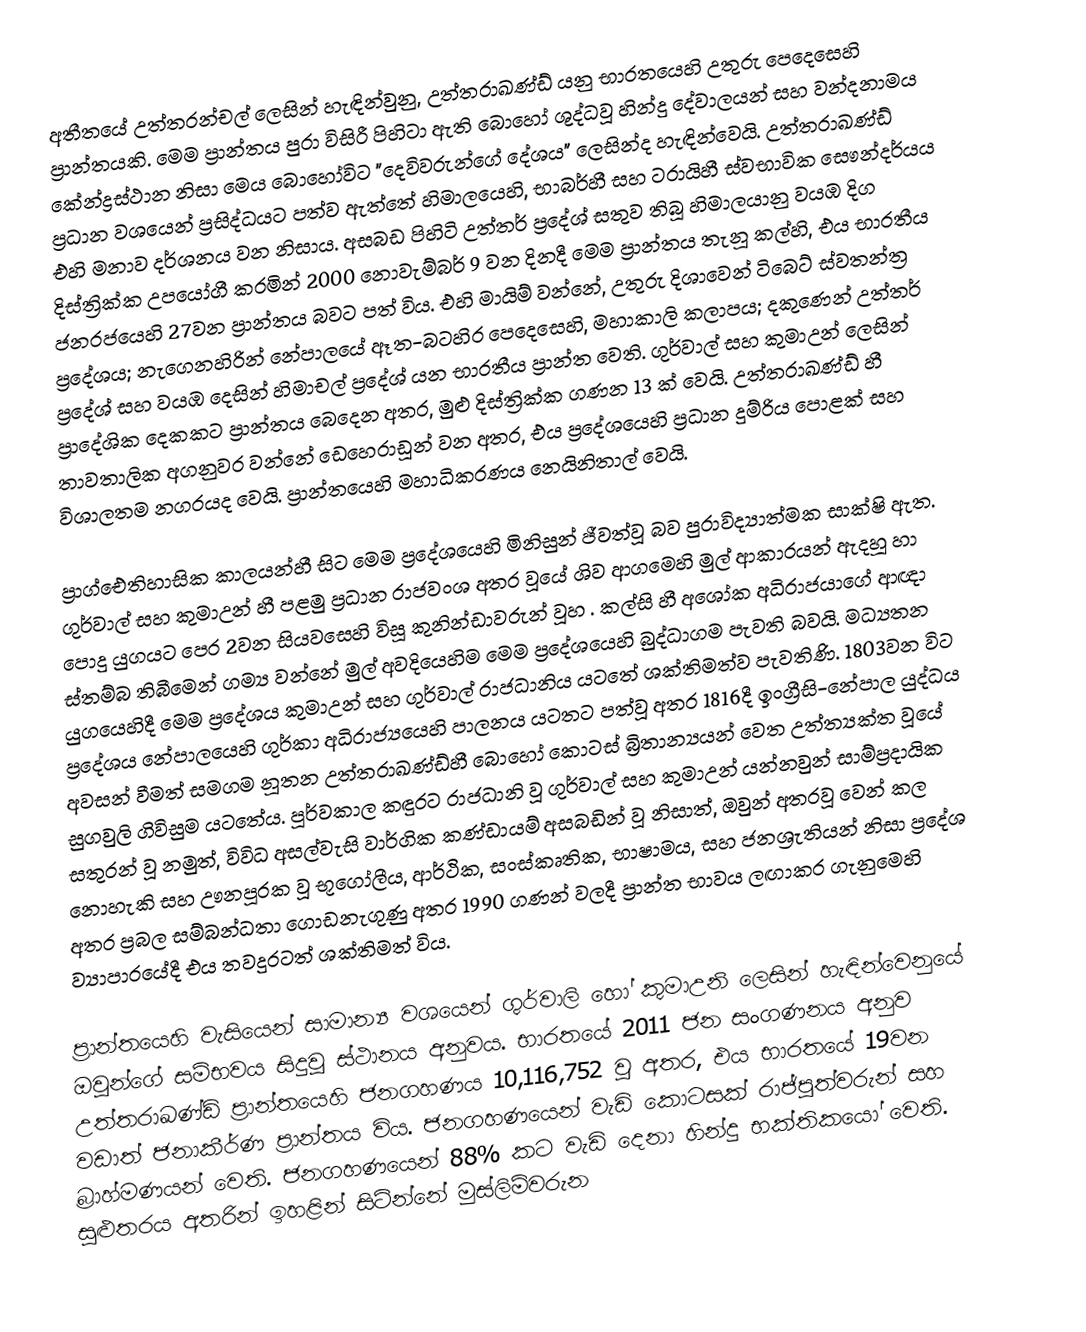
අතීතයේ  උත්තරන්චල් ලෙසින් හැඳින්වුනු, උත්තරාඛණ්ඩ් යනු  භාරතයෙහි උතුරු පෙදෙසෙහි  ප්‍රාන්තයකි. මෙම ප්‍රාන්තය පුරා විසිරී පිහිටා ඇති බොහෝ ශුද්ධවූ  හින්දු දේවාලයන් සහ වන්දනාමය  කේන්ද්‍රස්ථාන නිසා මෙය බොහෝවිට  "දෙවිවරුන්ගේ දේශය" ලෙසින්ද හැඳින්වෙයි. උත්තරාඛණ්ඩ් ප්‍රධාන වශයෙන් ප්‍රසිද්ධයට පත්ව ඇත්තේ  හිමාලයෙහි, භාබර්හී සහ ටරායිහී ස්වභාවික සෞන්දර්යය එහි මනාව දර්ශනය වන නිසාය.  අසබඩ පිහිටි උත්තර් ප්‍රදේශ් සතුව තිබූ හිමාලයානු වයඹ දිග දිස්ත්‍රික්ක උපයෝගී කරමින්   2000 නොවැම්බර් 9 වන දිනදී මෙම ප්‍රාන්තය තැනූ කල්හි, එය භාරතීය ජනරජයෙහි 27වන ප්‍රාන්තය බවට පත් විය.  එහි මායිම් වන්නේ, උතුරු දිශාවෙන් ටිබෙට් ස්වතන්ත්‍ර ප්‍රදේශය; නැගෙනහිරින් නේපාලයේ  ඈත-බටහිර පෙදෙසෙහි, මහාකාලි කලාපය; දකුණෙන් උත්තර් ප්‍රදේශ් සහ වයඹ දෙසින් හිමාචල් ප්‍රදේශ් යන භාරතීය ප්‍රාන්ත වෙති. ගුර්වාල් සහ  කුමාඋන් ලෙසින් ප්‍රාදේශික දෙකකට ප්‍රාන්තය බෙදෙන අතර, මුළු දිස්ත්‍රික්ක ගණන 13 ක් වෙයි. උත්තරාඛණ්ඩ් හී තාවතාලික අගනුවර වන්නේ ඩෙහෙරාඩූන් වන අතර, එය ප්‍රදේශයෙහි ප්‍රධාන දුම්රිය පොළක් සහ විශාලතම නගරයද වෙයි.  ප්‍රාන්තයෙහි  මහාධිකරණය නෙයිනිතාල් වෙයි.

ප්‍රාග්ඓතිහාසික කාලයන්හී සිට මෙම ප්‍රදේශයෙහි මිනිසුන් ජීවත්වූ බව පුරාවිද්‍යාත්මක සාක්ෂි ඇත.  ගුර්වාල් සහ කුමාඋන් හී පළමු ප්‍රධාන රාජවංශ අතර වූයේ ශිව ආගමෙහි මුල් ආකාරයන් ඇදහූ හා පොදු යුගයට පෙර 2වන සියවසෙහි විසූ කුනින්ඩාවරුන් වූහ . කල්සි හී අශෝක අධිරාජයාගේ ආඥා ස්තම්බ තිබීමෙන් ගම්‍ය වන්නේ මුල් අවදියෙහිම මෙම ප්‍රදේශයෙහි  බුද්ධාගම පැවති බවයි.  මධ්‍යතන යුගයෙහිදී මෙම ප්‍රදේශය කුමාඋන් සහ ගුර්වාල් රාජධානිය යටතේ ශක්තිමත්ව පැවතිණි. 1803වන විට ප්‍රදේශය නේපාලයෙහි  ගුර්කා අධිරාජ්‍යයෙහි පාලනය යටතට පත්වූ අතර 1816දී ඉංග්‍රීසි-නේපාල යුද්ධය අවසන් වීමත් සමගම නූතන උත්තරාඛණ්ඩ්හී බොහෝ කොටස්  බ්‍රිතාන්‍යයන් වෙත  උත්ත්‍යක්ත  වූයේ  සුගවුලි ගිවිසුම යටතේය. පූර්වකාල කඳුරට රාජධානි වූ ගුර්වාල් සහ කුමාඋන් යන්නවුන් සාම්ප්‍රදායික සතුරන් වූ නමුත්, විවිධ අසල්වැසි වාර්ගික කණ්ඩායම් අසබඩින් වූ නිසාත්, ඔවුන් අතරවූ වෙන් කල නොහැකි සහ ඌනපූරක වූ භූගෝලීය, ආර්ථික, සංස්කෘතික, භාෂාමය, සහ ජනශ්‍රැතියන් නිසා ප්‍රදේශ අතර ප්‍රබල සම්බන්ධතා ගොඩනැගුණු අතර 1990 ගණන් වලදී ප්‍රාන්ත භාවය ලඟාකර ගැනුමෙහි ව්‍යාපාරයේදී එය තවදුරටත් ශක්තිමත් විය.

ප්‍රාන්තයෙහි වැසියෙන් සාමාන්‍ය වශයෙන්  ගුර්වාලි  හෝ  කුමාඋනි ලෙසින් හැඳින්වෙනුයේ ඔවුන්ගේ සම්භවය සිදුවූ ස්ථානය අනුවය.  භාරතයේ 2011 ජන සංගණනය අනුව උත්තරාඛණ්ඩ් ප්‍රාන්තයෙහි ජනගහණය 10,116,752 වූ අතර, එය භාරතයේ 19වන වඩාත් ජනාකීර්ණ ප්‍රාන්තය විය. ජනගහණයෙන් වැඩි කොටසක් රාජ්පුත්වරුන් සහ බ්‍රාහ්මණයන් වෙති. ජනගහණයෙන් 88% කට වැඩි දෙනා හින්දු භක්තිකයෝ වෙති. සුළුතරය අතරින් ඉහළින් සිටින්නේ මුස්ලිම්වරුන